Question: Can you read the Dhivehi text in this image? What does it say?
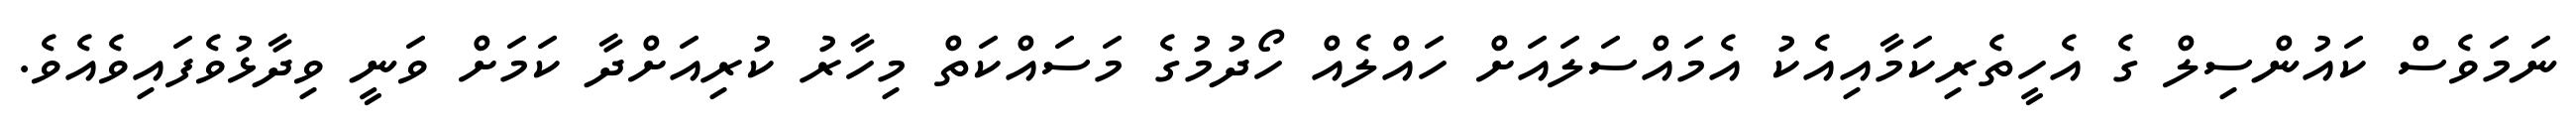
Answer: ނަމަވެސް ކައުންސިލް ގެ އެހީތެރިކަމާއިއެކު އެމައްސަލައަށް ހައްލެއް ހޯދުމުގެ މަސައްކަތް މިހާރު ކުރިއަށްދާ ކަމަށް ވަނީ ވިދާޅުވެފައިވެއެވެ.